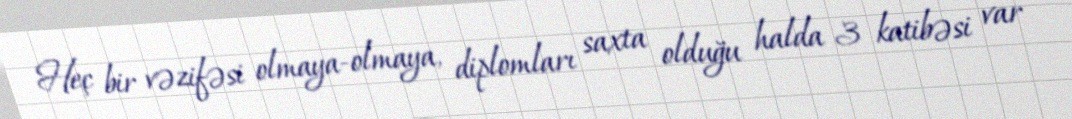
Heç bir vəzifəsi olmaya-olmaya, diplomları saxta olduğu halda 3 katibəsi var